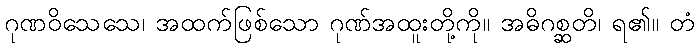
ဂုဏဝိသေသေ၊ အထက်ဖြစ်သော ဂုဏ်အထူးတို့ကို။ အဓိဂစ္ဆတိ၊ ရ၏။ တံ